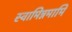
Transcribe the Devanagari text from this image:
स्वामिन्नमामि